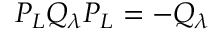
P _ { L } Q _ { \lambda } P _ { L } = - Q _ { \lambda }